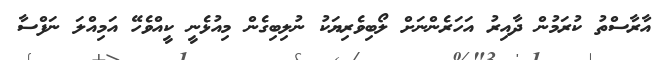
އާރާސްތު ކުރަމުން ދާއިރު އަހަރެންނަށް ލޯބިވެރިޔަކު ނުލިބިގެން މިއުޅެނީ ކީއްވެހޭ އަމިއްލަ ނަފްސާ